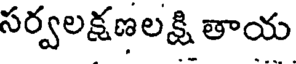
సర్వలక్షణలక్షి తాయ